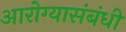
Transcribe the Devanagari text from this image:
आरोग्यासंबंधी